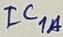
Text: IC1A